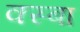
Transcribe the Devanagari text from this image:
क्स्बा